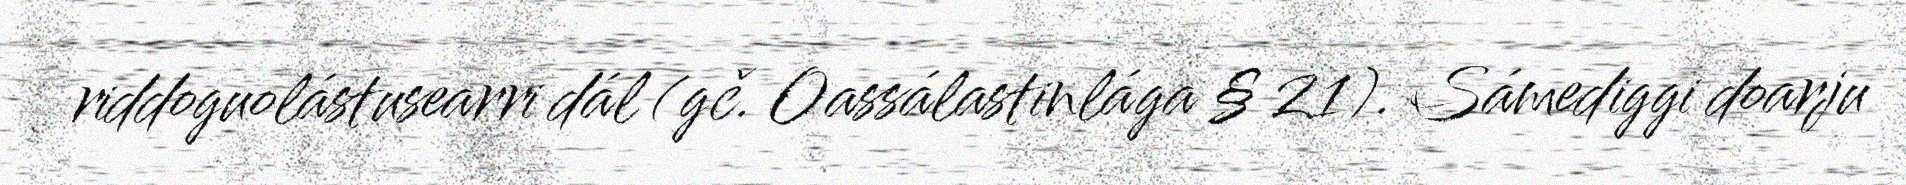
riddoguolástusearri dál (gč. Oassálastinlága § 21). Sámediggi doarju